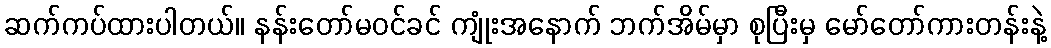
ဆက်ကပ်ထားပါတယ်။ နန်းတော်မဝင်ခင် ကျုံးအနောက် ဘက်အိမ်မှာ စုပြီးမှ မော်တော်ကားတန်းနဲ့